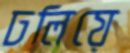
ঢলিয়ে